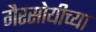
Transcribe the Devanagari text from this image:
गैरसोयीच्या